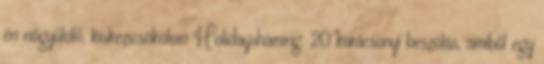
én nőgyűlölő, kiskezicsókolom Holidayshaming: 20 karácsonyi beszólás, amiből egy